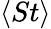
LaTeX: \langle St\rangle